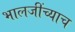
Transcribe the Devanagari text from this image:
भालजींच्याच